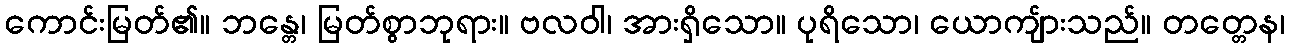
ကောင်းမြတ်၏။ ဘန္တေ၊ မြတ်စွာဘုရား။ ဗလဝါ၊ အားရှိသော။ ပုရိသော၊ ယောကျ်ားသည်။ တတ္တေန၊